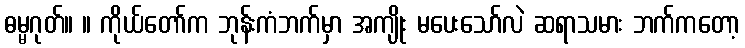
ဓမ္မဂုတ်။ ။ ကိုယ်တော်က ဘုန်းကံဘက်မှာ အကျိုး မပေးသော်လဲ ဆရာသမား ဘက်ကတော့